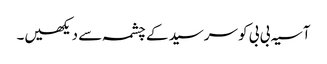
آسیہ بی بی کو سرسید کے چشمہ سے دیکھیں۔